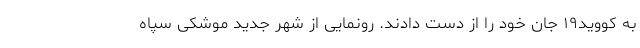
به کووید۱۹ جان خود را از دست دادند. رونمایی از شهر جدید موشکی سپاه